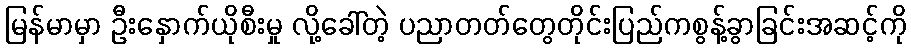
မြန်မာမှာ ဦးနှောက်ယိုစီးမှု လို့ခေါ်တဲ့ ပညာတတ်တွေတိုင်းပြည်ကစွန့်ခွာခြင်းအဆင့်ကို